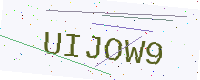
Text: UIJOW9